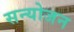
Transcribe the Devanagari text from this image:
सन्योजन